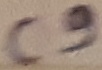
Text: C9